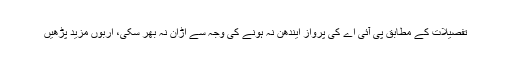
تفصیلات کے مطابق پی آئی اے کی پرواز ایندھن نہ ہونے کی وجہ سے اڑان نہ بھر سکی، اربوں مزید پڑھیں